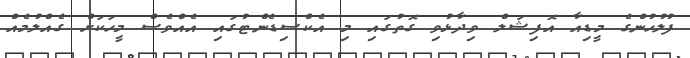
ފުލުހުންގެ މީޑިއާ އޮފިޝަލް ވިދާޅުވި ގޮތުގައި މި އެކްސިޑެންޓުގައި އެއްވެސް މީހަކަށް ގެއްލުމެއް